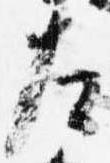
左